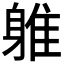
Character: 𲄦